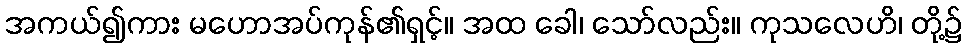
အကယ်၍ကား မဟောအပ်ကုန်၏ရှင့်။ အထ ခေါ၊ သော်လည်း။ ကုသလေဟိ၊ တို့၌